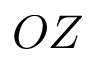
O Z